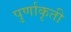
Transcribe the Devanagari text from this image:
पुर्णाकृती